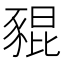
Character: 𧱟